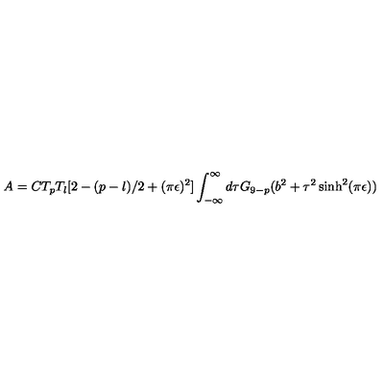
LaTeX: A = C T _ { p } T _ { l } [ 2 - ( p - l ) / 2 + ( \pi \epsilon ) ^ { 2 } ] \int _ { - \infty } ^ { \infty } d \tau G _ { 9 - p } ( b ^ { 2 } + \tau ^ { 2 } \sinh ^ { 2 } ( \pi \epsilon ) )